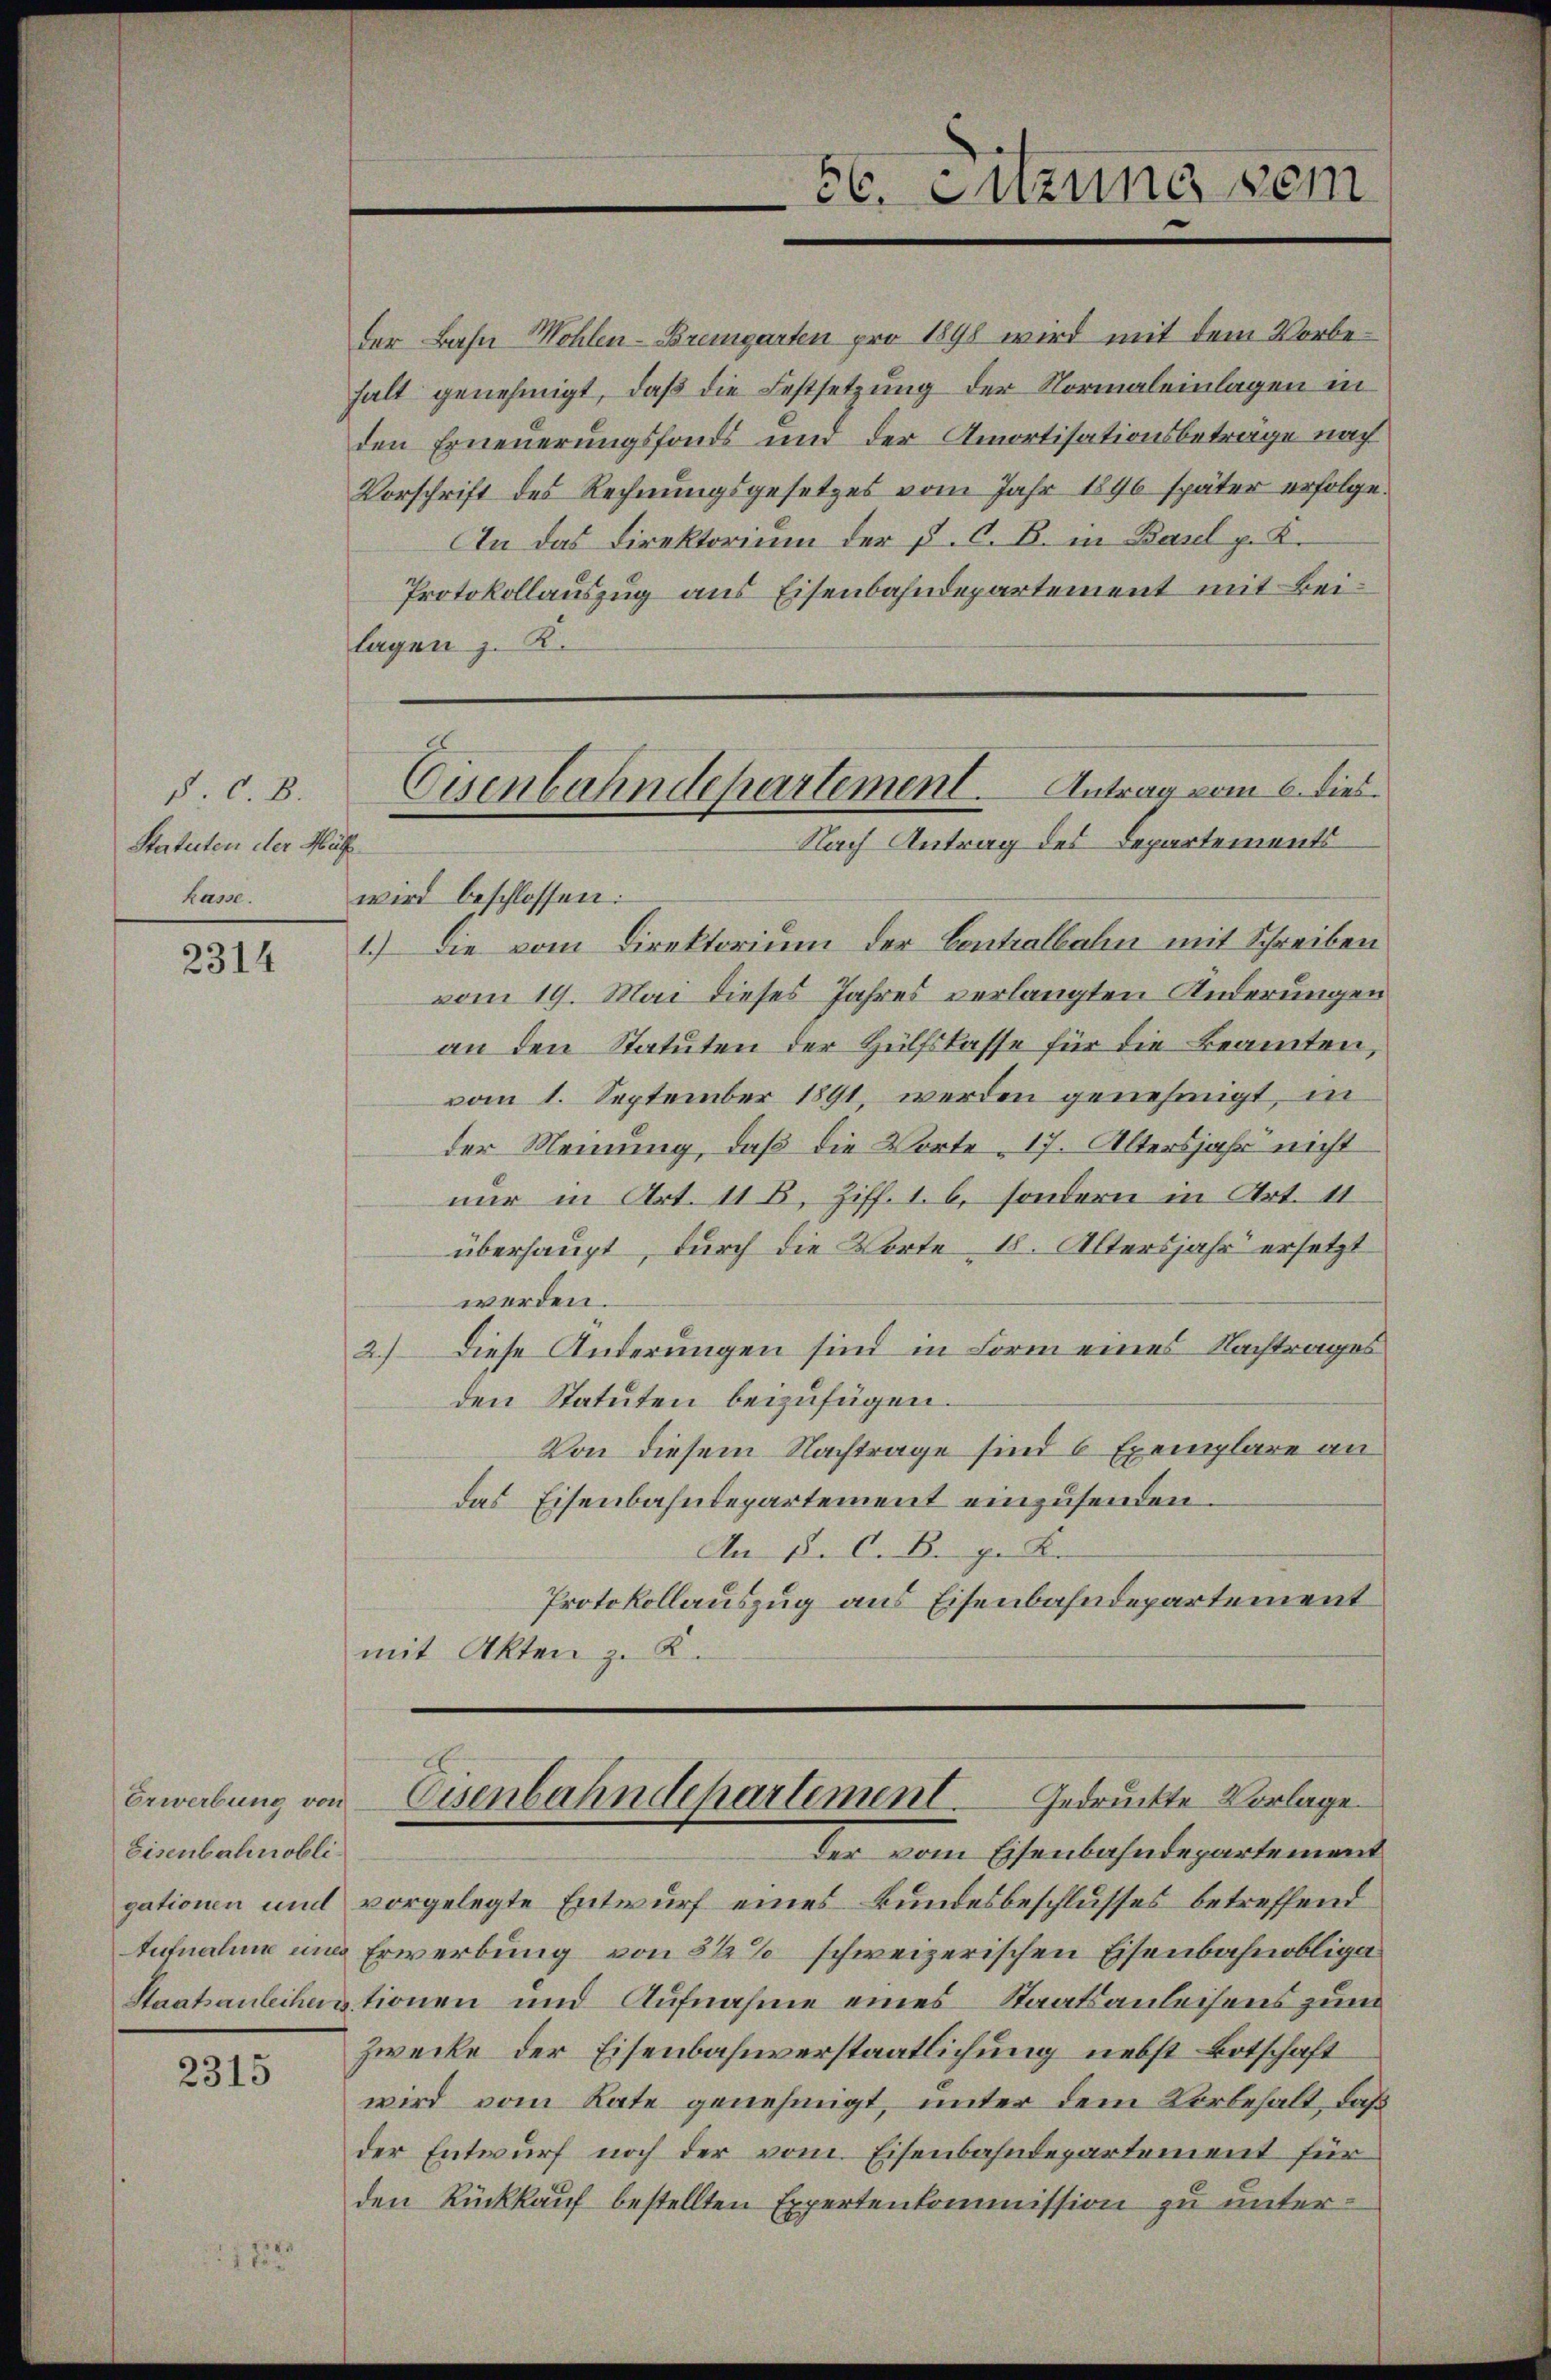
§. C. B.
Statuten der Müll
Kasse.

2314

Erwerbung von
Eisenbahnobli

2315

der Bahn Wohlen-Bremgarten pro 1898 wird mit dem Vorbehalt genehmigt, daß die Festsetzung der Normaleinlagen in
den Erneuerungsfonds und der Amortisationsbeträge nach
Vorschrift des Rechnungsgesetzes vom Jahr 1896 später erfolge.
An das Direktorium der P. O. B. in Basel p. K.
Protokollauszug aus Eisenbahndepartement mit Beilagen z. B.
wird beschlossen:
1.) Die vom Direktorium der Centralbahn mit Schreiben
vom 19. Mai dieses Jahres verlangten Anderungen
an den Statuten der Hülfslasse für die Beamten,
vom 1. September 1891, werden genehmigt, in
der Meinung, daß die Worte, 17. Altersjahr nicht
nur in Art. 11 B, Ziff. 1. 6, sondern in Art. 11
überhaupt, durch die Worte, 18. Altersjahr ersetzt
werden.
2.) Diese Änderungen sind in Form eines Nachtrages
den Statuten beizufügen.
Von diesem Nachtrage sind 6 Exemplare an
das Eisenbahndepartement einzusenden.
An 5. C. Bege Kre- |
Protokollauszug aus Eisenbahndepartement
mit Akten z. K.

Eisenbahndepartement. Antrag vom 6. dies
Nach Antrag des Departements

56. Sitzung sein

der vom Eisenbahndepartement
gationen und vorgelegte Entwurf eines Bundesbeschlusses betreffend
Aufnahme und Erwerbung von 3 1/2% schweizerischen Eisenbahnobliga¬
Staatsanleihentionen und Aufnahme eines Staatsanleihens zum
Zwecke der Eisenbahnverstaatlichung nebst Botschaft
wird vom Rate genehmigt, unter dem Vorbehalt, daß
der Entwurf noch der vom Eisenbahndepartement für
den Rückkauf bestellten Expertenkommission zu unter¬

Eisenbahndepartement. Gedruckte Vorlage